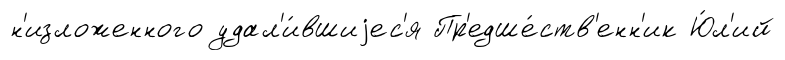
н'изложенного удал'и́вшиjес'я Пр'едше́ств'енн'ик Ю́л'ий